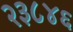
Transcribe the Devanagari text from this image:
२३८४६